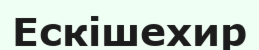
Ескішехир